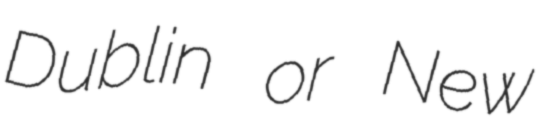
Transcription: Dublin or New